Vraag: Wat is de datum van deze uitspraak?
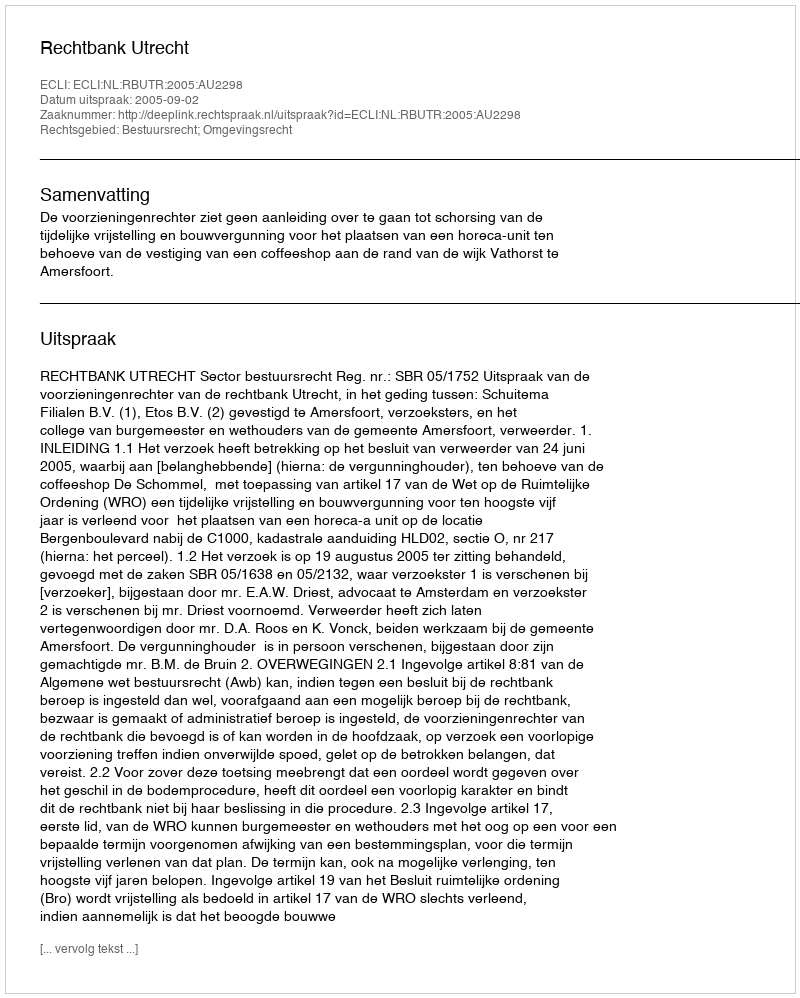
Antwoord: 2005-09-02